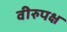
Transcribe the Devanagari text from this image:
वीरुपक्ष